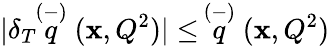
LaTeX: |\delta_{T}\! \! \stackrel{(-)}{q}(\mathbf{x},Q^{2})|\leq\, \stackrel{(-)}{q}(\mathbf{x},Q^{2})